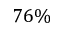
7 6 \%